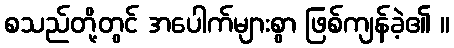
စသည်တို့တွင် အပေါက်များစွာ ဖြစ်ကျန်ခဲ့၏ ။